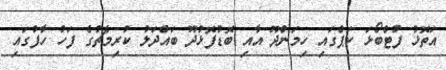
އަތޮޅު ފުޓްބޯޅަ ކަޕްގައި ހިމަންދޫ އާއި ބޮޑުފޮޅުދޫ ބައްދަލު ކުރިމެޗުގެ ފަހު ހާފުގައި